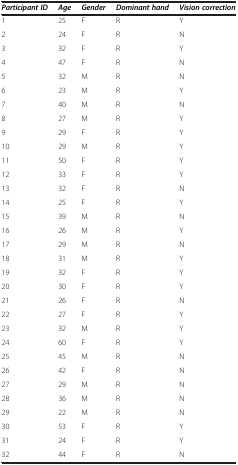
| Participant ID | Age | Gender | Dominant hand | Vision correction |
 | --- | --- | --- | --- | --- |
 | 1 | 25 | F | R | Y |
 | 2 | 24 | F | R | N |
 | 3 | 32 | F | R | Y |
 | 4 | 47 | F | R | N |
 | 5 | 32 | M | R | N |
 | 6 | 23 | M | R | Y |
 | 7 | 40 | M | R | N |
 | 8 | 27 | M | R | Y |
 | 9 | 29 | F | R | Y |
 | 10 | 29 | M | R | Y |
 | 11 | 50 | F | R | Y |
 | 12 | 33 | F | R | Y |
 | 13 | 32 | F | R | N |
 | 14 | 25 | F | R | Y |
 | 15 | 39 | M | R | N |
 | 16 | 26 | M | R | Y |
 | 17 | 29 | M | R | N |
 | 18 | 31 | M | R | Y |
 | 19 | 32 | F | R | Y |
 | 20 | 30 | F | R | Y |
 | 21 | 26 | F | R | N |
 | 22 | 27 | F | R | Y |
 | 23 | 32 | M | R | Y |
 | 24 | 60 | F | R | Y |
 | 25 | 45 | M | R | N |
 | 26 | 42 | F | R | N |
 | 27 | 29 | M | R | N |
 | 28 | 36 | M | R | N |
 | 29 | 22 | M | R | N |
 | 30 | 53 | F | R | Y |
 | 31 | 24 | F | R | Y |
 | 32 | 44 | F | R | N |